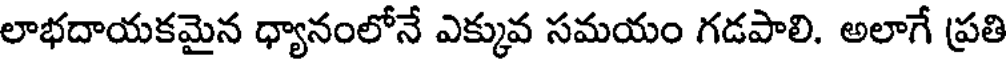
లాభదాయకమైన ధ్యానంలోనే ఎక్కువ సమయం గడపాలి. అలాగే ప్రతి